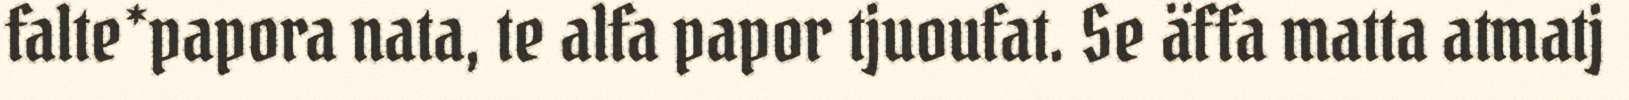
falte*papora nata, te alfa papor tjuoufat. Se äffa matta atmatj